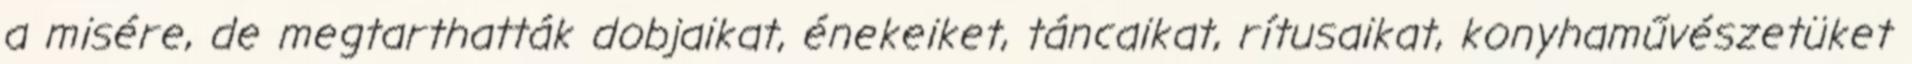
a misére, de megtarthatták dobjaikat, énekeiket, táncaikat, rítusaikat, konyhaművészetüket